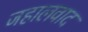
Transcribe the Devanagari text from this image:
जहालवाद